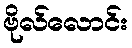
ဗိုလ်လောင်း